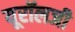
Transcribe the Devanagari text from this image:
यूरॉलजी